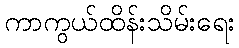
ကာကွယ်ထိန်းသိမ်းရေး